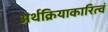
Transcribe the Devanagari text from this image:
अर्थक्रियाकारित्वं